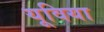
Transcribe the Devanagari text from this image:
यूविया